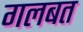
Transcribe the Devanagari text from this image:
गलबत